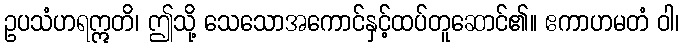
ဥပသံဟရဣတိ၊ ဤသို့ သေသောအကောင်နှင့်ထပ်တူဆောင်၏။ ဧကာဟမတံ ဝါ၊